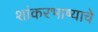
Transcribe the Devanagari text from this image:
शांकरभाष्याचे